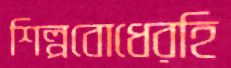
শিল্পবোধেরহি